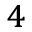
^ 4